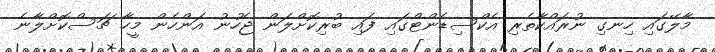
މާލޭގައި ހިނގި ނުރައްކާތެރި އެކްސިޑެންޓްގައި ފައި ބުރިކޮށްލަން ޖެހުނު އަންހެން މީހާ ޗަސްކޮށްލާނެ